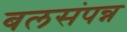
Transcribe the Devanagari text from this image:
बलसंपन्न